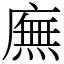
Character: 廡